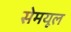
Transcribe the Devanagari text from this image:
सेमयूल